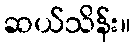
ဆယ်သိန်း။